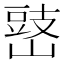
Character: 𡻧